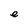
Character: e